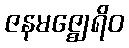
ဇနမဇ္ဈေရိဝ